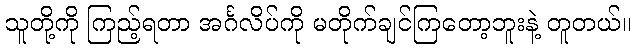
သူတို့ကို ကြည့်ရတာ အင်္ဂလိပ်ကို မတိုက်ချင်ကြတော့ဘူးနဲ့ တူတယ်။